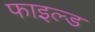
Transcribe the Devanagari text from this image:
फाइल्ड